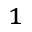
^ 1